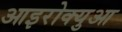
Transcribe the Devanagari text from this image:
आइरोक्युआ